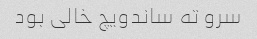
سرو ته ساندویچ خالی بود